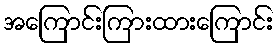
အကြောင်းကြားထားကြောင်း